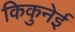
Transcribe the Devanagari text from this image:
किकुनेई